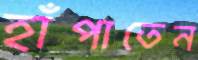
হাঁপাতেন